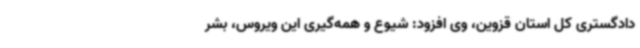
دادگستری کل استان قزوین، وی افزود: شیوع و همه‌گیری این ویروس، بشر